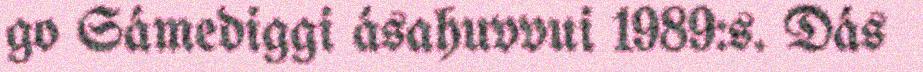
go Sámediggi ásahuvvui 1989:s. Dás